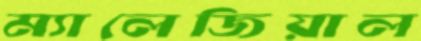
ম্যালেজিয়াল